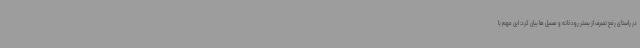
در راستای رفع تصرف از بستر رودخانه و مسیل ها بیان کرد: این مهم با